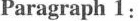
Paragraph 1: